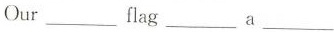
Our___flag___a___